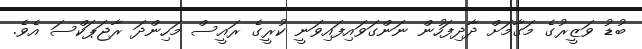
ބުޑު ވަޒީރުގެ މަގާމަށް ދާދިފަހުން ނަންގަވައިފައިވަނީ ކުރީގެ ރައީސް މަހިންދަ ރާޖަޕަކްސަ އެވެ.